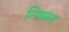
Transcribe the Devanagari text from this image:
निष्पन